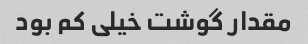
مقدار گوشت خیلی کم بود